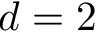
d = 2